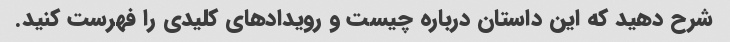
شرح دهید که این داستان درباره چیست و رویدادهای کلیدی را فهرست کنید.